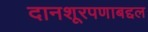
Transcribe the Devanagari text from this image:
दानशूरपणाबद्दल